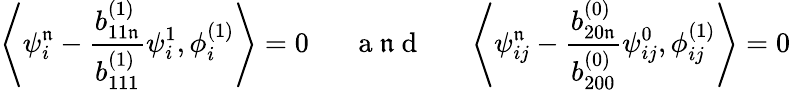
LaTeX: \left\langle\psi_{i}^{\mathfrak{n}}-\frac{{b_{11\mathfrak{n}}^{(1)}}}{{b_{111}^{(1)}}}\psi_{i}^{1},\phi_{i}^{(1)}\right\rangle=0\quad\mathrm{{~~~a~\mathfrak{n}~d~~~}}\quad\left\langle\psi_{ij}^{\mathfrak{n}}-\frac{{b_{20\mathfrak{n}}^{(0)}}}{{b_{200}^{(0)}}}\psi_{ij}^{0},\phi_{ij}^{(1)}\right\rangle=0